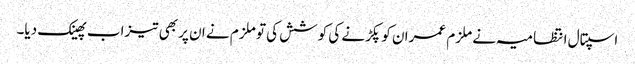
اسپتال انتظامیہ نے ملزم عمران کو پکڑنے کی کوشش کی تو ملزم نے ان پر بھی تیزاب پھینک دیا۔